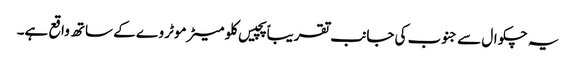
یہ چکوال سے جنوب کی جانب تقریباً پچیس کلو میٹر موٹر وے کے ساتھ واقع ہے۔